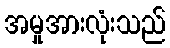
အမှုအားလုံးသည်